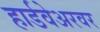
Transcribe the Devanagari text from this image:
हार्डवेअरवर